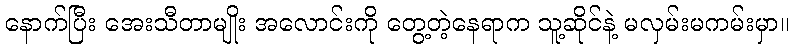
နောက်ပြီး အေးသီတာမျိုး အလောင်းကို တွေ့တဲ့နေရာက သူ့ဆိုင်နဲ့ မလှမ်းမကမ်းမှာ။